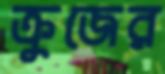
ক্রুজের